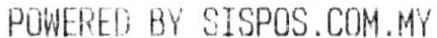
POWERED BY SISPOS.COM.MY